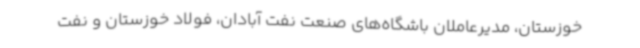
خوزستان، مدیرعاملان باشگاه‌های صنعت نفت آبادان، فولاد خوزستان و نفت